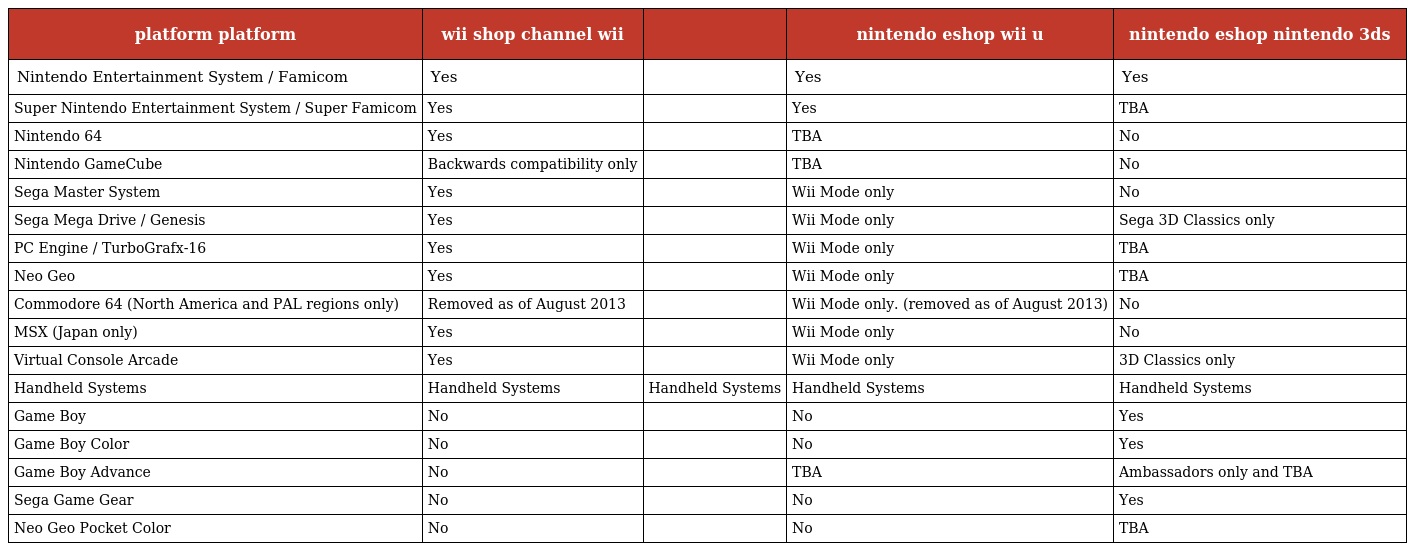
| platform platform | wii shop channel wii |  | nintendo eshop wii u | nintendo eshop nintendo 3ds |
 | --- | --- | --- | --- | --- |
 | Nintendo Entertainment System / Famicom | Yes |  | Yes | Yes |
 | Super Nintendo Entertainment System / Super Famicom | Yes |  | Yes | TBA |
 | Nintendo 64 | Yes |  | TBA | No |
 | Nintendo GameCube | Backwards compatibility only |  | TBA | No |
 | Sega Master System | Yes |  | Wii Mode only | No |
 | Sega Mega Drive / Genesis | Yes |  | Wii Mode only | Sega 3D Classics only |
 | PC Engine / TurboGrafx-16 | Yes |  | Wii Mode only | TBA |
 | Neo Geo | Yes |  | Wii Mode only | TBA |
 | Commodore 64 (North America and PAL regions only) | Removed as of August 2013 |  | Wii Mode only. (removed as of August 2013) | No |
 | MSX (Japan only) | Yes |  | Wii Mode only | No |
 | Virtual Console Arcade | Yes |  | Wii Mode only | 3D Classics only |
 | Handheld Systems | Handheld Systems | Handheld Systems | Handheld Systems | Handheld Systems |
 | Game Boy | No |  | No | Yes |
 | Game Boy Color | No |  | No | Yes |
 | Game Boy Advance | No |  | TBA | Ambassadors only and TBA |
 | Sega Game Gear | No |  | No | Yes |
 | Neo Geo Pocket Color | No |  | No | TBA |